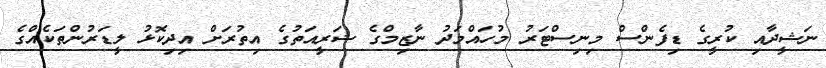
ނަޝީދާއި ކުރީގެ ޑިފެންސް މިނިސްޓަރު މުހައްމަދު ނާޒިމްގެ ޝަރީއަތުގެ އިތުރަށް އިދިކޮޅު ލީޑަރުންތަކެއްގެ